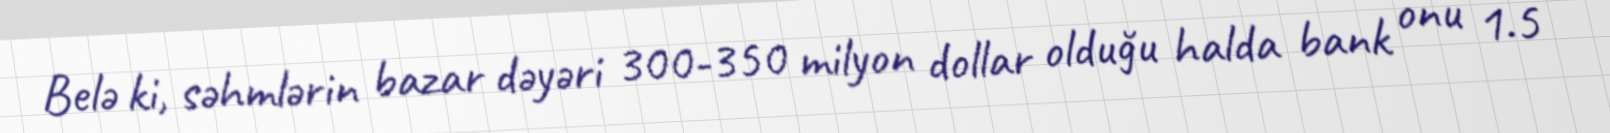
Belə ki, səhmlərin bazar dəyəri 300-350 milyon dollar olduğu halda bank onu 1.5